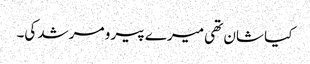
کیا شان تھی میرے پیر و مرشد کی۔